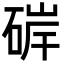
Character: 硸